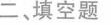
二填空题